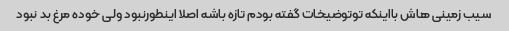
سیب زمینی هاش بااینکه توتوضیخات گفته بودم تازه باشه اصلا اینطورنبود ولی خوده مرغ بد نبود